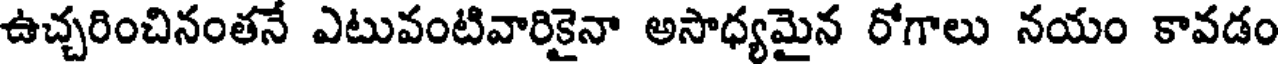
ఉచ్చరించినంతనే ఎటువంటివారికైనా అసాధ్యమైన రోగాలు నయం కావడం